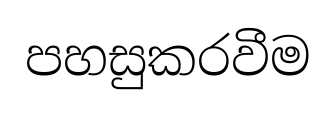
පහසුකරවීම